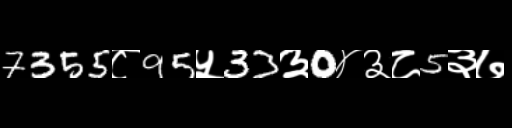
Text: 7355८95५33३0४३८5३७